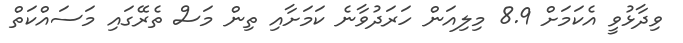
ވިދާޅުވީ އެކަމަށް 8.9 މިލިއަން ހަރަދުވާނެ ކަމަށާއި ތިން މަސް ތެރޭގައި މަސައްކަަތް